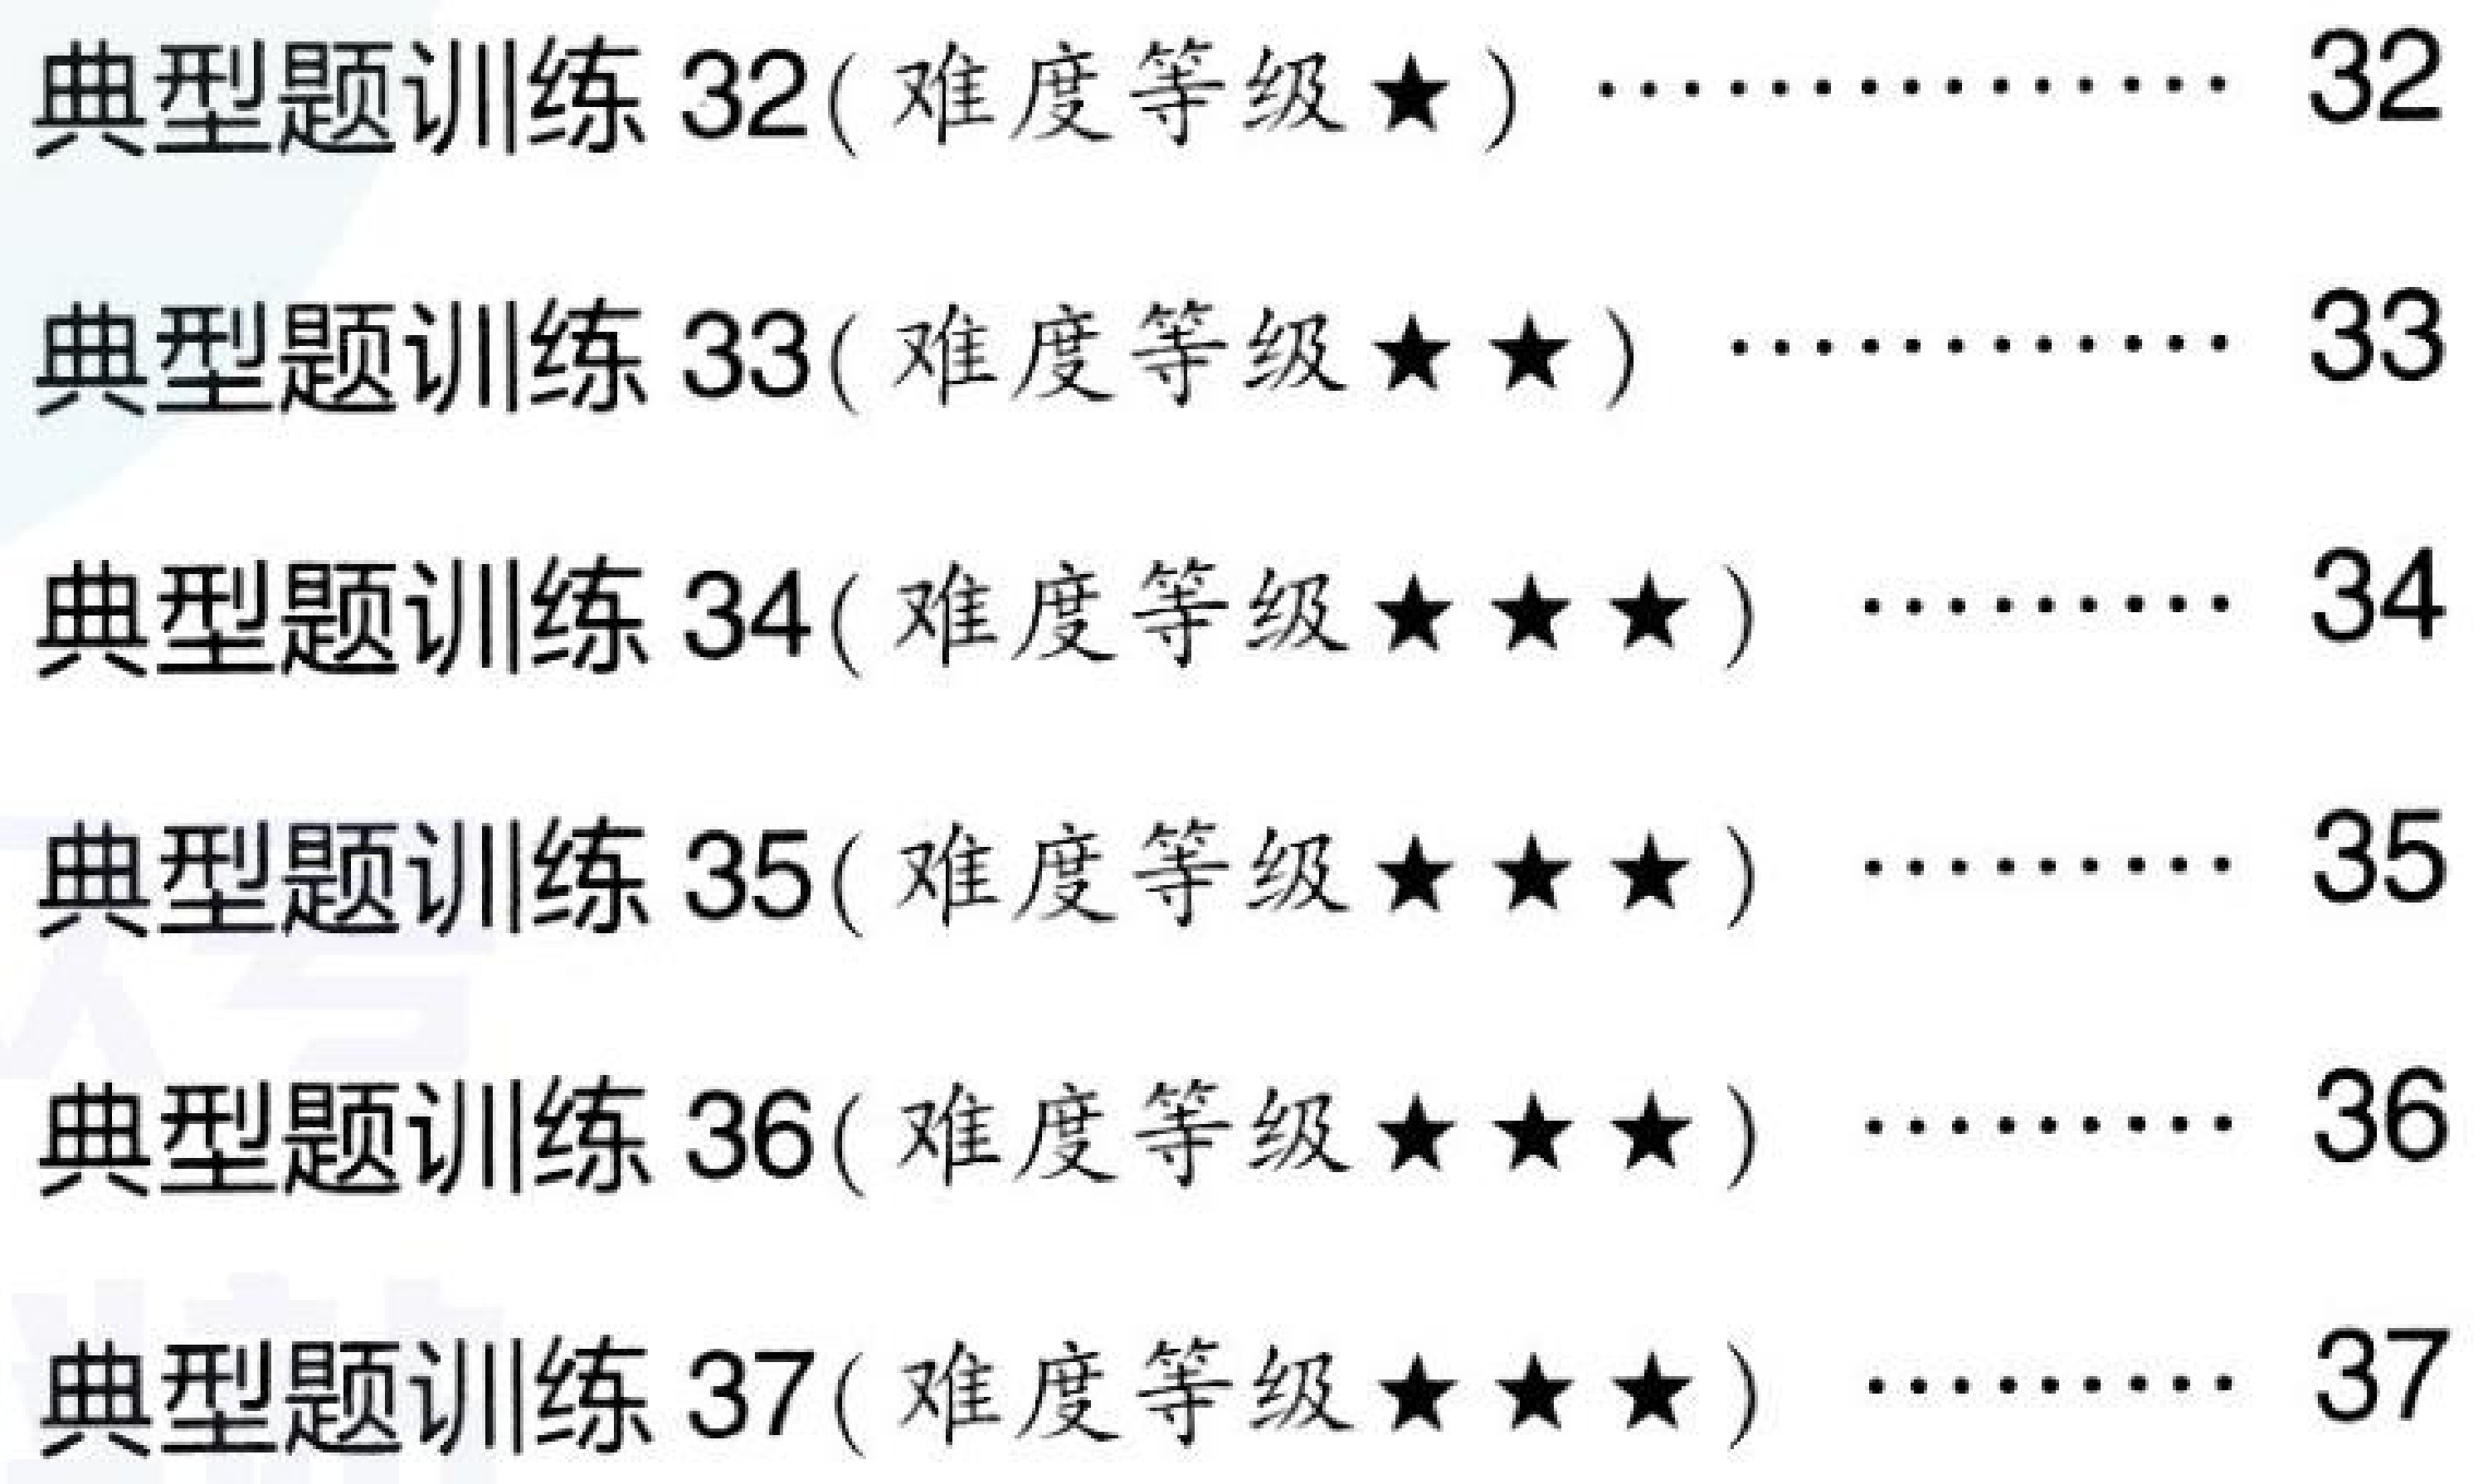
典型题训练 32( 难度等级★) …………… 32
典型题训练 33( 难度等级★★) ………… 33
典型题训练 34( 难度等级★★★) ……… 34
典型题训练 35( 难度等级★★★) ……… 35
典型题训练 36( 难度等级★★★) ……… 36
典型题训练 37( 难度等级★★★) ……… 37